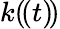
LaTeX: k(\! (t)\! )